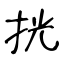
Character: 挄